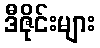
ဒီဇိုင်းများ